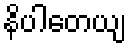
နိပါတေယျ